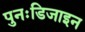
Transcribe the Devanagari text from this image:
पुनःडिजाइन